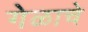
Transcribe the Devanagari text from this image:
गेळाचे